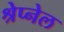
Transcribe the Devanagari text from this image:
श्रेप्नेल